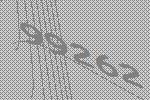
99262